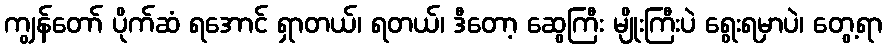
ကျွန်တော် ပိုက်ဆံ ရအောင် ရှာတယ်၊ ရတယ်၊ ဒီတော့ ဆွေကြီး မျိုးကြီးပဲ ရွေးရမှာပဲ၊ တွေ့ရာ